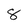
Character: 8